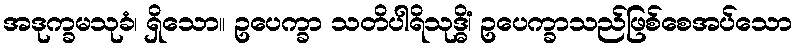
အဒုက္ခမသုခံ၊ ရှိသော။ ဥပေက္ခာ သတိပါရိသုဒ္ဓိံ၊ ဥပေက္ခာသည်ဖြစ်စေအပ်သော